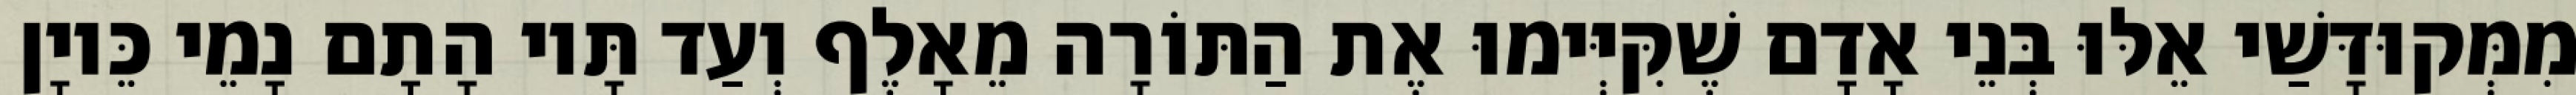
מִמְּקוּדָּשַׁי אֵלּוּ בְּנֵי אָדָם שֶׁקִּיְּימוּ אֶת הַתּוֹרָה מֵאָלֶף וְעַד תָּיו הָתָם נָמֵי כֵּיוָן